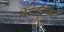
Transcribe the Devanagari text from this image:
विस्मयबोधकों